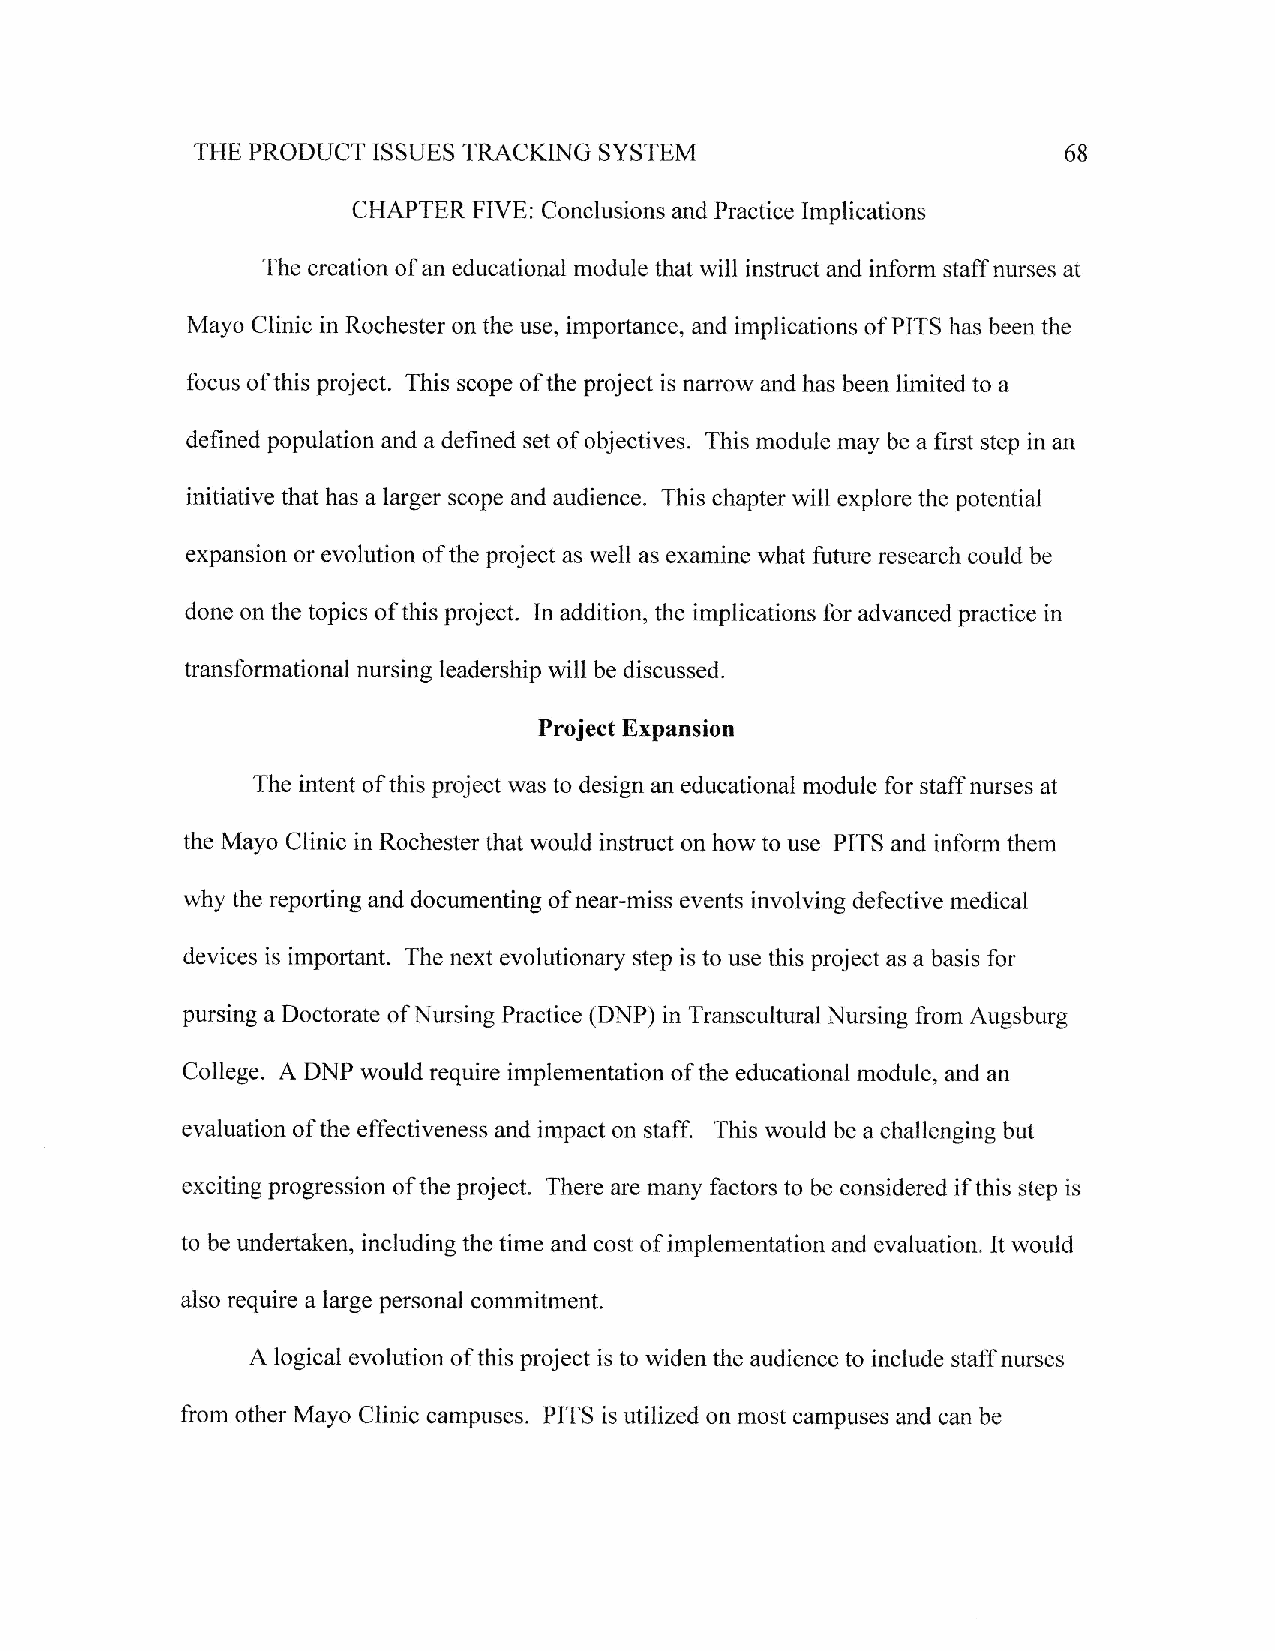
SYSTEM
 THE PRODUCT ISSUES TRACKING                               68
 CHAPTER FIVE; Conclusions and Practice Implications
 The creation of an educational module that will instruct and inform staff nurses at
 Mayo Clinic in Rochester on the use, importance, and implications of PITS has been the
 focus of this project. This scope of the project is narrow and has been limited to a
 defined population and a defined set of objectives. This module may be a first step in an
 initiative that has a larger scope and audience. This chapter will explore the potential
 expansion or evolution of the project as well as examine what future research could be
 done on the topics of this project, In addition, the implications for advanced practice in
 transformational nursing leadership will be discussed.
 Project Expansion
 The intent of this project was to design an educational module for staff nurses at
 the Mayo Clinic in Rochester that would instruct on how to use PITS and infbrm them
 why the reporting and documenting of near-miss events involving defective medical
 devices is important. The next evolutionary step is to use this project as a basis for
 pursing a Doctorate of Nursing Practice (DNP) in Transcultural }.{ursing from Augsburg
 College. A DNP would require implementation of the educational module, and an
 evaluation of the effectiveness and impact on staff. This would be achallenging but
 exciting progression of the project. There are many factors to be considered if this step is
 to be undertaken, including the time and cost of implementation and evaluation. It would
 also require a large personal commitment.
 A logical evolution of this project is to widen the audience to include staff nurses
 from other Mayo Clinic campuses. PITS is utilized on most campuses and can be